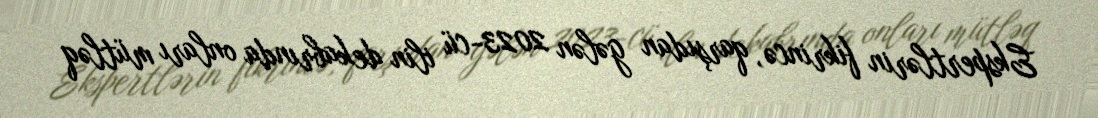
Ekspertlərin fikrincə, qarşıdan gələn 2023-cü ilin dekabrında onları mütləq